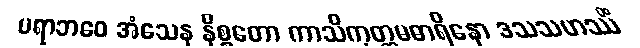
ပရာဘဝေ အံသေန နိစ္စတော ကာသိကုတ္တမဓာရိနော ဒသသဟဿိံ